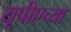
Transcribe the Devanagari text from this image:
यूपीएच्या